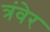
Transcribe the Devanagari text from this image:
त्रंवेर